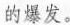
的爆发。